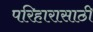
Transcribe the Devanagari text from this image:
परिहारासाठी